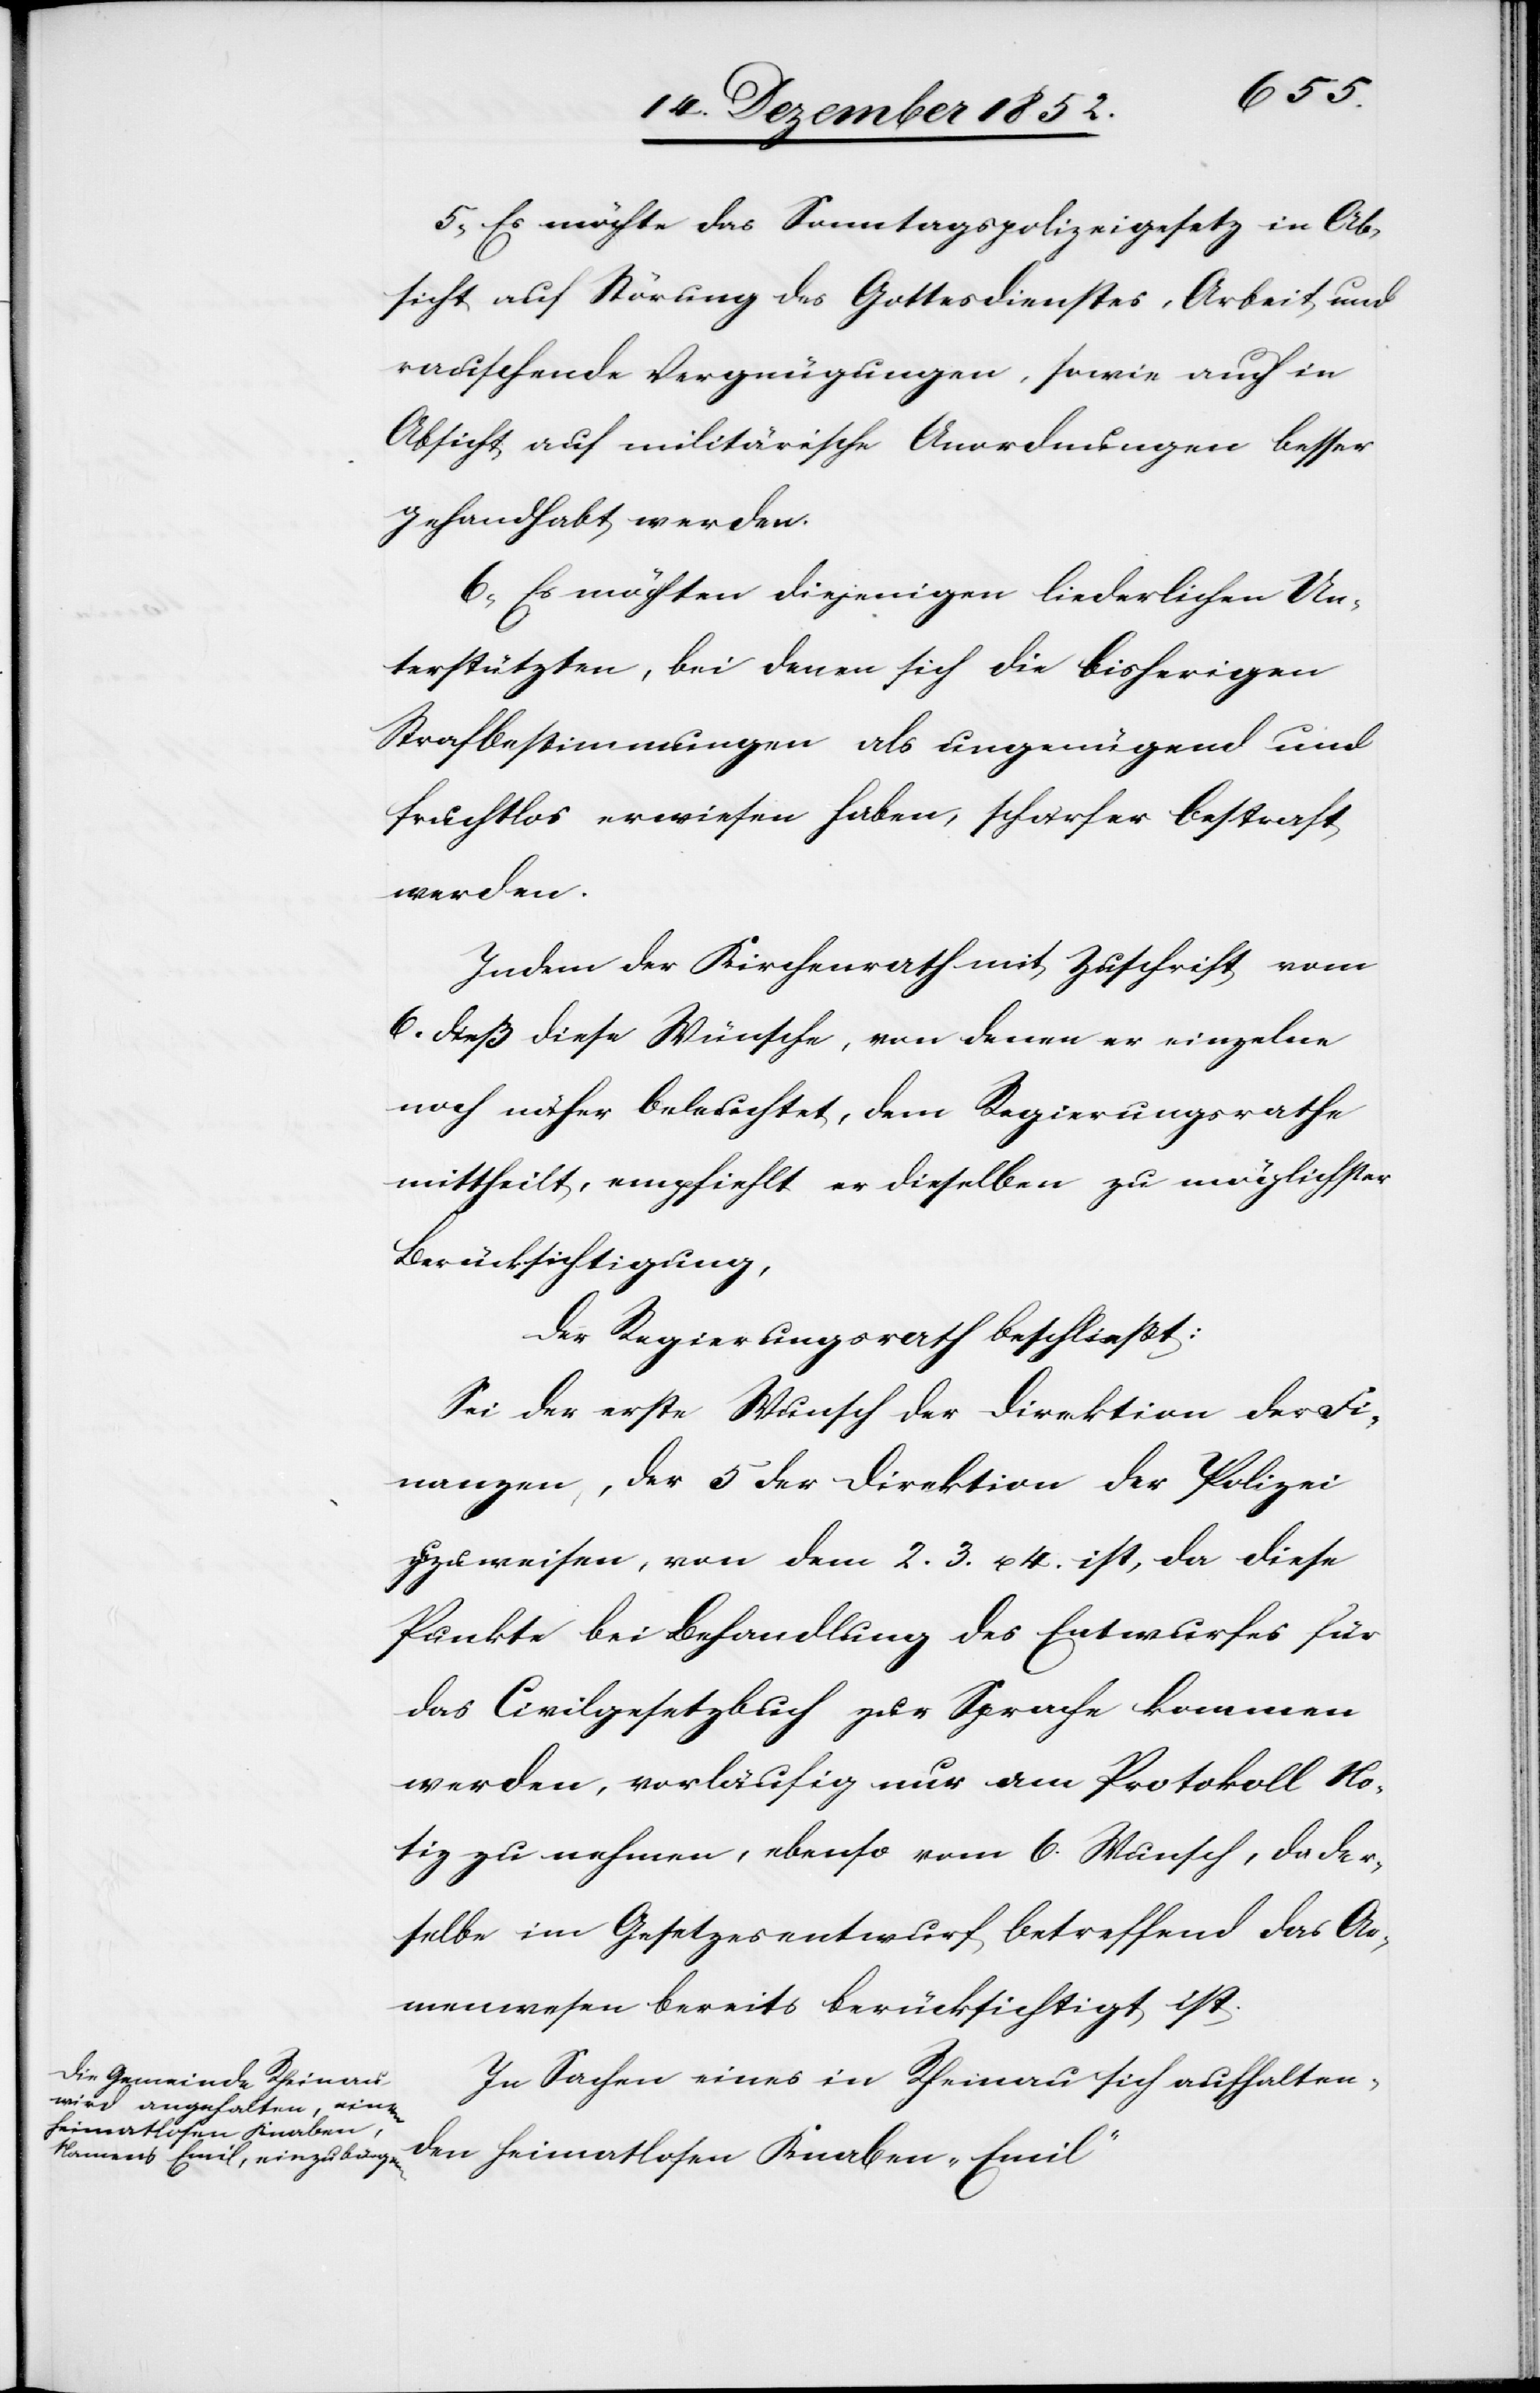
5, Es möchte das Sonntagspolizeigesetz in Ab¬
sicht auf Störung des Gottesdienstes, Arbeit und
rauschende Vergnügungen, sowie auch in
Absicht auf militärische Anordnungen besser
gehandhabt werden.
6, Es möchten diejenigen liederlichen Un¬
terstützten, bei denen sich die bisherigen
Strafbestimmungen als ungenügend und
fruchtlos erwiesen haben, schärfer bestraft
werden.
Indem der Kirchenrath mit Zuschrift vom
6. dieß diese Wünsche, von denen er einzelne
noch näher beleuchtet, dem Regierungsrathe
mittheilt, empfiehlt er dieselben zu möglichster
Berücksichtigung,
Der Regierungsrath beschließt:
Sei der erste Wunsch der Direktion der Fi¬
nanzen, der 5 der Direktion der Polizei
zuzuweisen, von dem 2.[,] 3. u. 4. ist, da diese
Punkte bei Behandlung des Entwurfes für
das Civilgesetzbuch zur Sprache kommen
werden, vorläufig nur am Protokoll No¬
tiz zu nehmen, ebenso vom 6. Wunsch, da der¬
selbe im Gesetzesentwurf betreffend das Ar¬
menwesen bereits berücksichtigt ist.
In Sachen eines in Rheinau sich aufhalten¬
den heimatlosen Knaben „Emil“